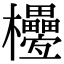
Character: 𣡟